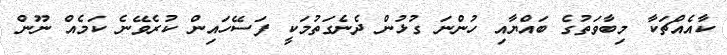
ކާއެއްޗަކާ މިބާވަތުގެ ބައްޔާއި ހުންނަ ގުޅުން ދެނެގަތުމަކީ ފަސޭހައިން ކުރެވޭނެ ކަމެއް ނޫން